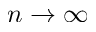
n \to \infty